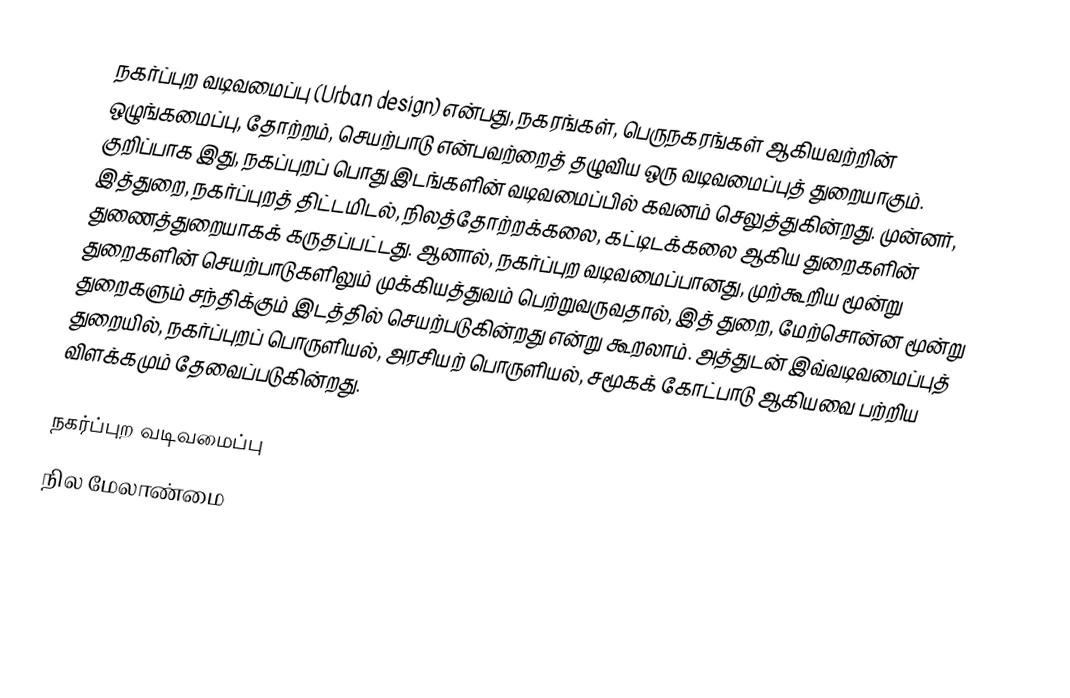
நகர்ப்புற வடிவமைப்பு (Urban design) என்பது, நகரங்கள், பெருநகரங்கள் ஆகியவற்றின் ஒழுங்கமைப்பு, தோற்றம், செயற்பாடு என்பவற்றைத் தழுவிய ஒரு வடிவமைப்புத் துறையாகும். குறிப்பாக இது, நகப்புறப் பொது இடங்களின் வடிவமைப்பில் கவனம் செலுத்துகின்றது. முன்னர், இத்துறை, நகர்ப்புறத் திட்டமிடல், நிலத்தோற்றக்கலை, கட்டிடக்கலை ஆகிய துறைகளின் துணைத்துறையாகக் கருதப்பட்டது. ஆனால், நகர்ப்புற வடிவமைப்பானது, முற்கூறிய மூன்று துறைகளின் செயற்பாடுகளிலும் முக்கியத்துவம் பெற்றுவருவதால், இத் துறை, மேற்சொன்ன மூன்று துறைகளும் சந்திக்கும் இடத்தில் செயற்படுகின்றது என்று கூறலாம். அத்துடன் இவ்வடிவமைப்புத் துறையில், நகர்ப்புறப் பொருளியல், அரசியற் பொருளியல், சமூகக் கோட்பாடு ஆகியவை பற்றிய விளக்கமும் தேவைப்படுகின்றது.

நகர்ப்புற வடிவமைப்பு
நில மேலாண்மை